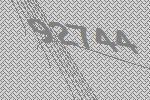
92744